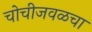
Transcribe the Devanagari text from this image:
चोचीजवळचा